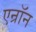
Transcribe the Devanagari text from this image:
एन्रॉन